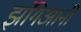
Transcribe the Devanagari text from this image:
झंगिआनी